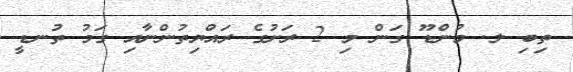
ތިބި ލ. މުންޑޫ ގަން މި 2 ރަށުގެ ރައްޔިތުންނާއި ގަމު ތުނޑީ